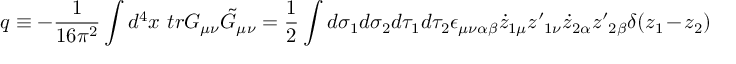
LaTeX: q \equiv - \frac { 1 } { 1 6 \pi ^ { 2 } } \int d ^ { 4 } x \mathrm { ~ } t r G _ { \mu \nu } \tilde { G } _ { \mu \nu } = \frac { 1 } { 2 } \int d \sigma _ { 1 } d \sigma _ { 2 } d \tau _ { 1 } d \tau _ { 2 } \epsilon _ { \mu \nu \alpha \beta } \dot { z } _ { 1 \mu } z \prime _ { 1 \nu } \dot { z } _ { 2 \alpha } z \prime _ { 2 \beta } \delta ( z _ { 1 } - z _ { 2 } )